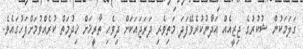
ގަލަމަކުން ޝުކުރުގެ ޖިޒީއެއް އަދާނުކުރެވޭފަދަ މަތިވެރި ދަރަޖައަކަށް ދިވެހި ތާރީޚަށް ޚިދުމަތް ކުރެއްވުމަށްފަހުގައެވެ.